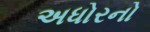
અધોરનો